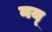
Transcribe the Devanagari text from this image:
नय्